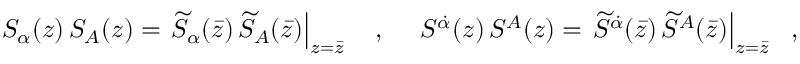
S _ { \alpha } ( z ) \, S _ { A } ( z ) = \left. \widetilde S _ { \alpha } ( \bar { z } ) \, \widetilde S _ { A } ( \bar { z } ) \right| _ { z = \bar { z } } ~ ~ ~ , ~ ~ ~ ~ S ^ { \dot { \alpha } } ( z ) \, S ^ { A } ( z ) = \left. \widetilde S ^ { \dot { \alpha } } ( \bar { z } ) \, \widetilde S ^ { A } ( \bar { z } ) \right| _ { z = \bar { z } } ~ ~ ,